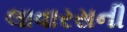
લાવારસની